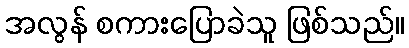
အလွန် စကားပြောခဲသူ ဖြစ်သည်။